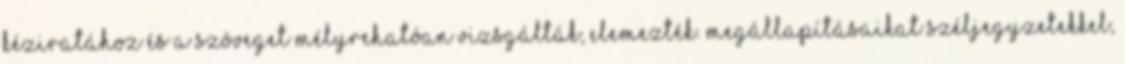
kéziratához és a szöveget mélyrehatóan vizsgálták, elemezték. Megállapításaikat széljegyzetekkel,